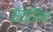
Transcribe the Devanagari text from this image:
सेरोटॉनिन